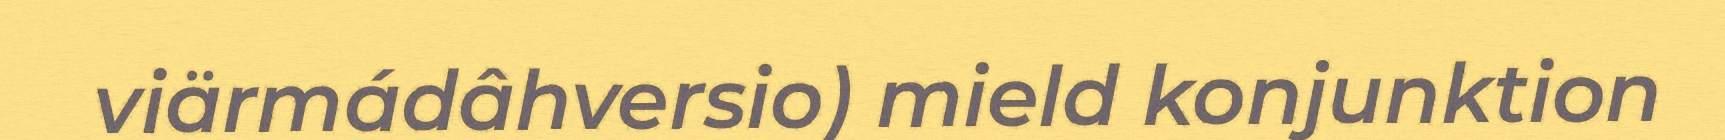
viärmádâhversio) mield konjunktion